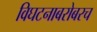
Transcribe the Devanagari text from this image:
विघटनाबरोबरच